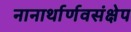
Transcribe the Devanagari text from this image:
नानार्थार्णवसंक्षेप